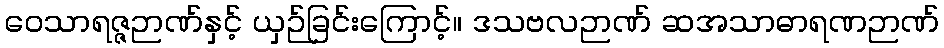
ဝေသာရဇ္ဇဉာဏ်နှင့် ယှဉ်ခြင်းကြောင့်။ ဒသဗလဉာဏ် ဆအသာဓာရဏဉာဏ်